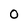
Character: O